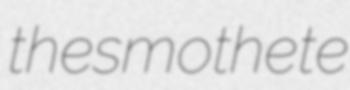
thesmothete